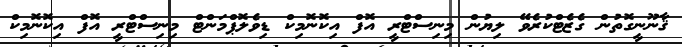
ޤާނޫނީގޮތުން ގެޒެޓްކުރެވޭ ލިޔުން މިނިސްޓްރީ އޮފް އިކޮނޮމިކް ޑިވެލޮޕްމަންޓް މިނިސްޓްރީ އޮފް އިކޮނޮމިކް